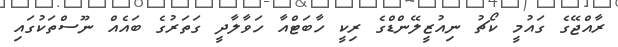
ރާއްޖޭގެ ގައުމީ ކޯޗު ނިއުޒީލޭންޑްގެ ރިކީ ހާބަޓްއާ ހަވާލާދީ ގަތަރުގެ ބައެއް ނޫސްތަކުގައި